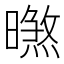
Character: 㬠